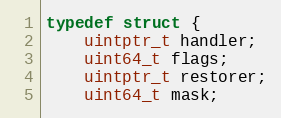
Language: C
typedef struct {
	uintptr_t handler;
	uint64_t flags;
	uintptr_t restorer;
	uint64_t mask;